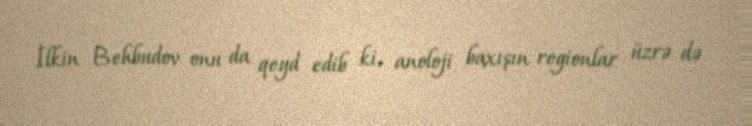
İlkin Behbudov onu da qeyd edib ki, anoloji baxışın regionlar üzrə də